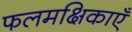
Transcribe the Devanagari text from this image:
फलमक्षिकाएँ